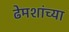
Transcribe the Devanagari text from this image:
ढेमशांच्या